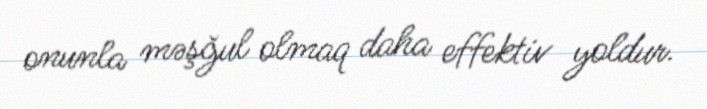
onunla məşğul olmaq daha effektiv yoldur.